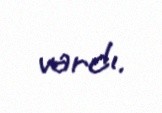
vardı.